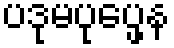
ပဒုမပုပ္ဖေန